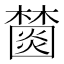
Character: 𣞖